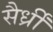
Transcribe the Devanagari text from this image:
सैर्ध्रीं